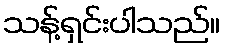
သန့်ရှင်းပါသည်။